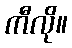
ကီလို။